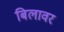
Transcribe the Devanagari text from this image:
बिलावर